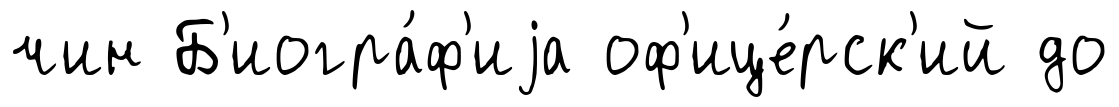
чин Б'иогра́ф'иjа оф'ице́рск'ий до